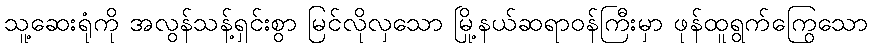
သူ့ဆေးရုံကို အလွန်သန့်ရှင်းစွာ မြင်လိုလှသော မြို့နယ်ဆရာဝန်ကြီးမှာ ဖုန်ထူရွက်ကြွေသော